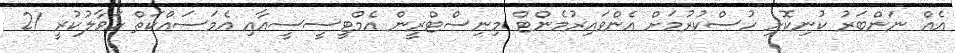
އެއް ނަންބަރު ކުނިކޮށި ހުސްކުރުމަށް އެންވައިރުމެންޓް މިނިސްޓްރީން އެމްޓީސީސީއާއި އެމަސައްކަތް ހަވާލުކުރީ 21